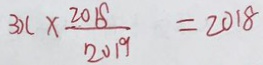
3 0 x \times \frac { 2 0 1 8 } { 2 0 1 9 } = 2 0 1 8